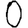
Digit: 0